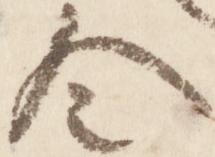
令